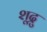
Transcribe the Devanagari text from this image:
शूद्रु